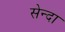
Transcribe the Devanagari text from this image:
सेन्दा